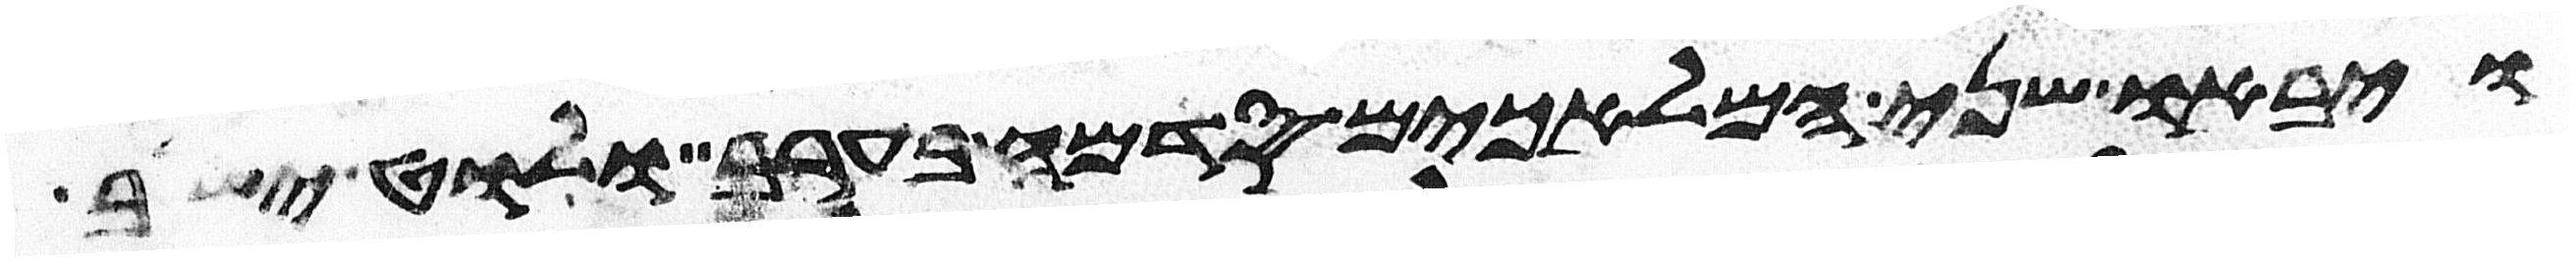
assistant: ויבאו שני המלאכים סדמה בערב ולוט ישב